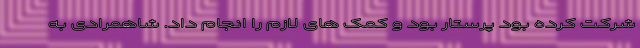
شرکت کرده بود پرستار بود و کمک های لازم را انجام داد. شاهمرادی به